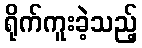
ရိုက်ကူးခဲ့သည့်